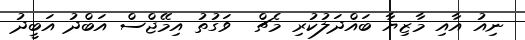
ނިއު އާއި މާޒިޔާ ބައްދަލުކުރި މެޗް  ވަގުތު އިމޭޖްސް އަބްދު އަބީދު